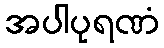
အပါပုရဏံ